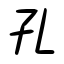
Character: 孔